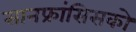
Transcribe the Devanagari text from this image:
सानफ्रांसिसको